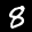
Label: 8